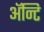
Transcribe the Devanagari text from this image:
अॅन्टि